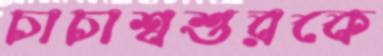
চাচাশ্বশুরকে